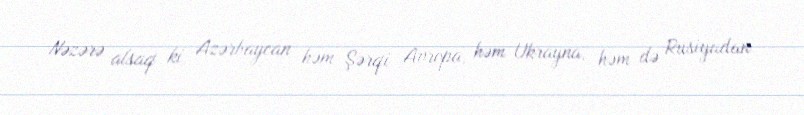
Nəzərə alsaq ki, Azərbaycan həm Şərqi Avropa, həm Ukrayna, həm də Rusiyadan